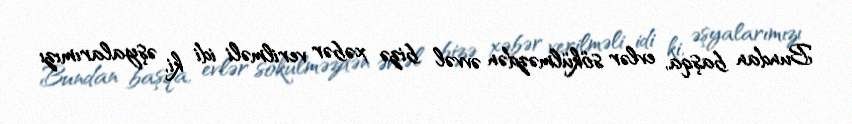
Bundan başqa, evlər sökülməzdən əvvəl bizə xəbər verilməli idi ki, əşyalarımızı